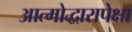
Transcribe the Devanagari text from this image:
आत्मोद्धारापेक्षा